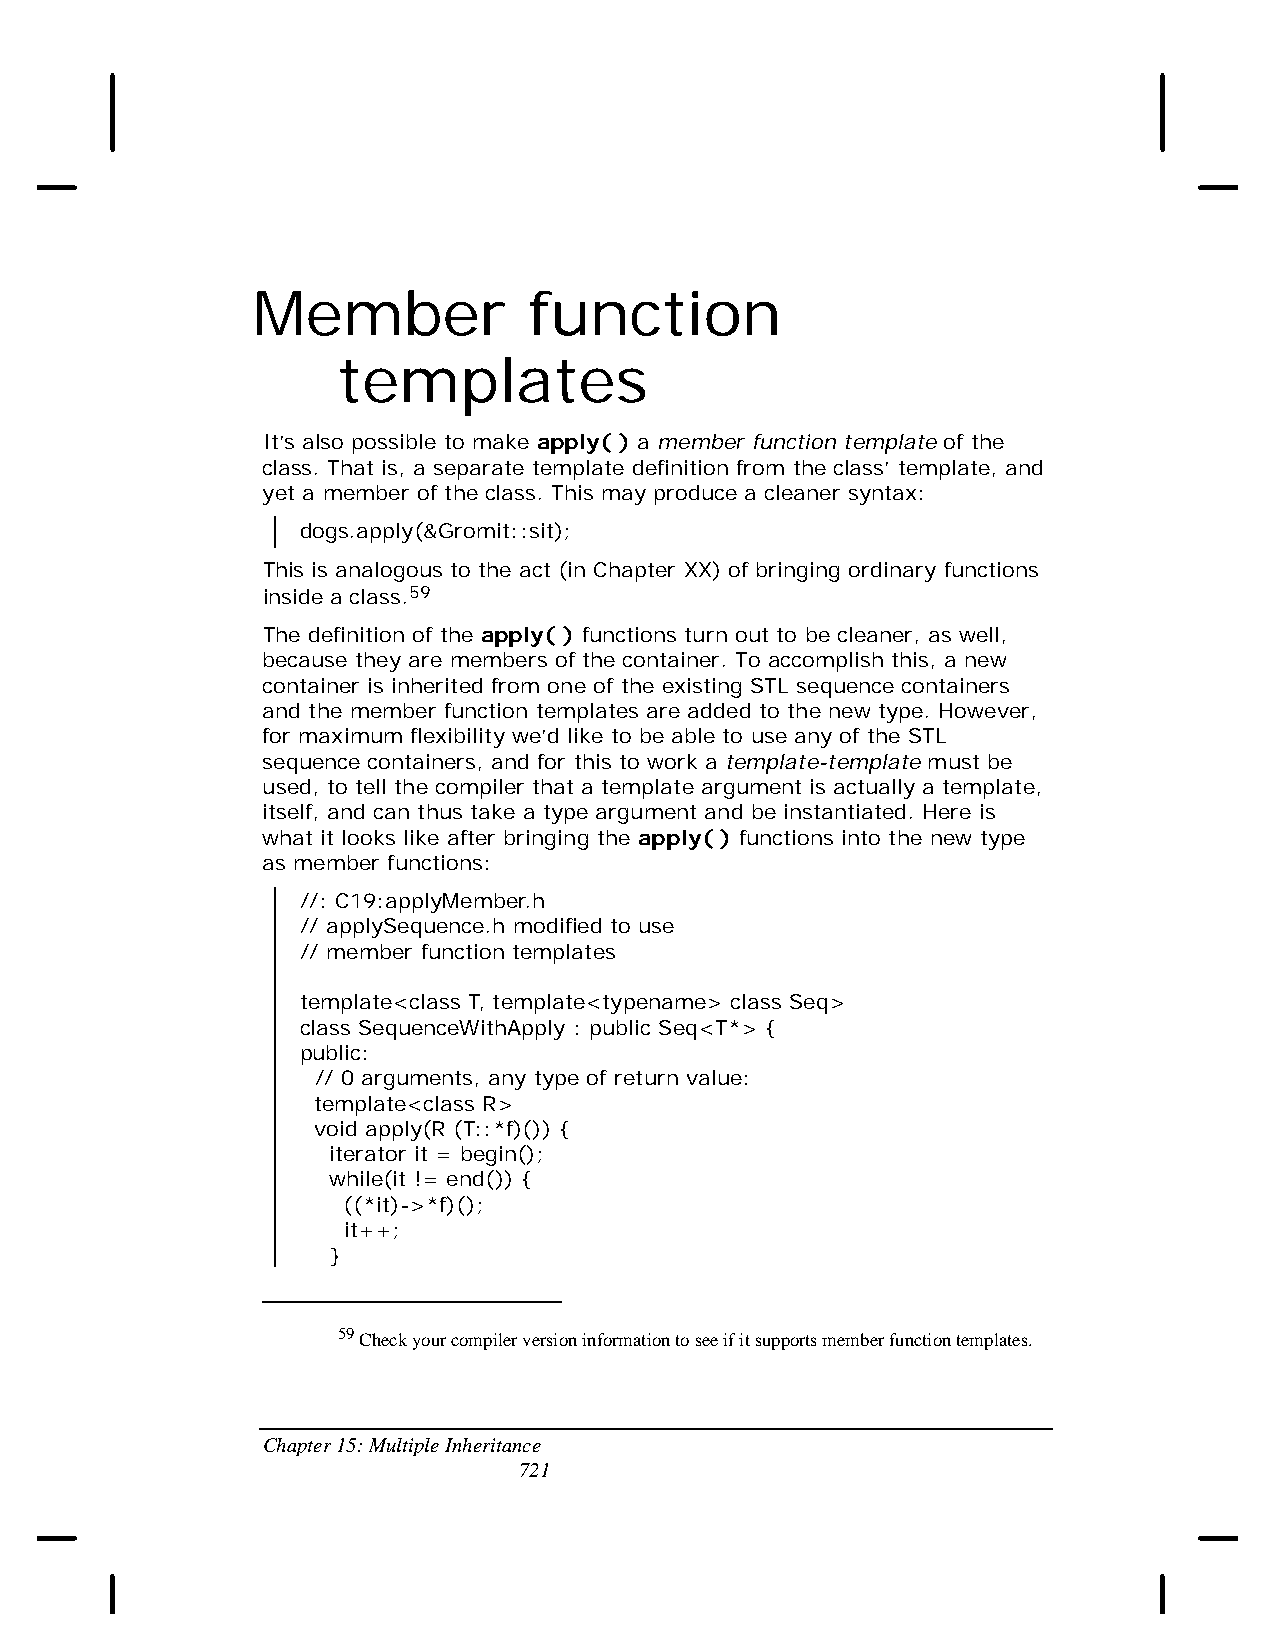
Member            function
 templates
 It’s also possible to make apply( ) a member function template of the
 class. That is, a separate template definition from the class’ template, and
 yet a member of the class. This may produce a cleaner syntax:
 dogs.apply(&Gromit::sit);
 This is analogous to the act (in Chapter XX) of bringing ordinary functions
 inside a class.59
 The definition of the apply( ) functions turn out to be cleaner, as well,
 because they are members of the container. To accomplish this, a new
 container is inherited from one of the existing STL sequence containers
 and the member function templates are added to the new type. However,
 for maximum flexibility we’d like to be able to use any of the STL
 sequence containers, and for this to work a template-template must be
 used, to tell the compiler that a template argument is actually a template,
 itself, and can thus take a type argument and be instantiated. Here is
 what it looks like after bringing the apply( ) functions into the new type
 as member functions:
 //: C19:applyMember.h
 // applySequence.h modified to use
 // member function templates
 template<class T, template<typename> class Seq>
 class SequenceWithApply : public Seq<T*> {
 public:
 // 0 arguments, any type of return value:
 template<class R>
 void apply(R (T::*f)()) {
 iterator it = begin();
 while(it != end()) {
 ((*it)->*f)();
 it++;
 }
 59 Check your compiler version information to see if it supports member function templates.
 Chapter 15: Multiple Inheritance
 721